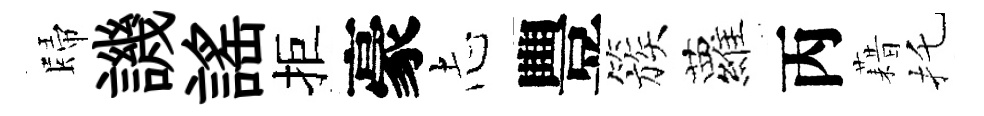
歸譏謡拒豪𢖽豐簇蘿丙藉托